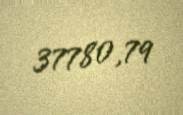
37780,79